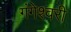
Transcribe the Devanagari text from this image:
गंगेश्वरी